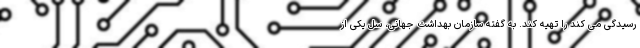
رسیدگی می کند را تهیه کند. به گفته سازمان بهداشت جهانی، سل یکی از